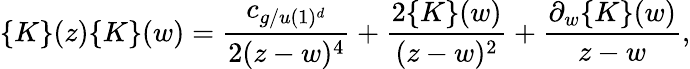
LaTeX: \{ K\} (z)\{ K\} (w)={\frac{c_{g/u(1)^{d}}}{2(z-w)^{4}}}+{\frac{2\{ K\} (w)}{(z-w)^{2}}}+{{\frac{\partial_{w}\{ K\} (w)}{z-w}}},